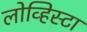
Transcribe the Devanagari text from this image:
लोव्हिस्टा